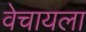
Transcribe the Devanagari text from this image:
वेचायला